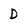
Character: D